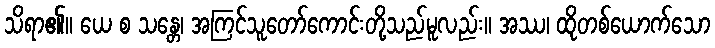
သိရာ၏။ ယေ စ သန္တေ၊ အကြင်သူတော်ကောင်းတို့သည်မူလည်း။ အဿ၊ ထိုတစ်ယောက်သော